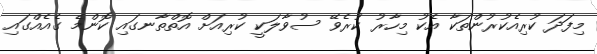
މިފަދަ ކުރިއެކުރުންތަކާ އެކު މިހާރު ކުރެވޭ ސުވާލަކީ ކުރިއަށް އޮތްތާނގައި ކޮންމެ ގެއެއްގައި